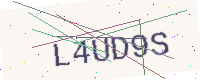
Text: L4UD9S